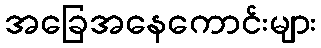
အခြေအနေကောင်းများ